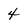
Character: 4